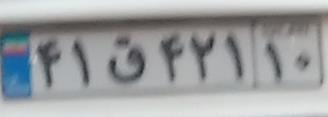
۴۱ق۴۲۱۱۰